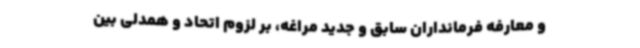
و معارفه فرمانداران سابق و جدید مراغه، بر لزوم اتحاد و همدلی بین